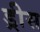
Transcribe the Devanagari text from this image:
ड्रीस